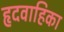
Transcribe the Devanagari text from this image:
हृदवाहिका